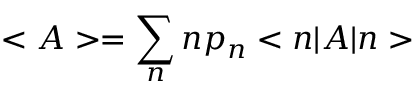
< A > = \sum _ { n } n p _ { n } < n | A | n >